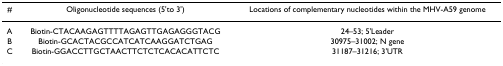
<table><thead><tr><td><b>#</b></td><td><b>Oligonucleotide sequences (5&#x27;to 3&#x27;)</b></td><td><b>Locations of complementary nucleotides within the MHV-A59 genome</b></td></tr></thead><tbody><tr><td>A</td><td>Biotin-CTACAAGAGTTTTAGAGTTGAGAGGGTACG</td><td>24–53; 5&#x27;Leader</td></tr><tr><td>B</td><td>Biotin-GCACTACGCCATCATCAAGGATCTGAG</td><td>30975–31002; N gene</td></tr><tr><td>C</td><td>Biotin-GGACCTTGCTAACTTCTCTCACACATTCTC</td><td>31187–31216; 3&#x27;UTR</td></tr></tbody></table>